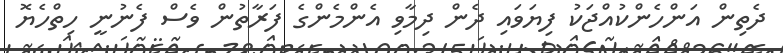
ދެތިން އަންހެންކުއްޖަކު ފިޔަވައި ދެން ދިމާވި އެންމެންގެ ފަރާތުން ވެސް ފެނުނީ ހިތްހެޔޮ